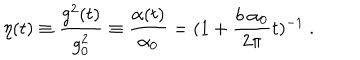
LaTeX: \eta ( t ) \equiv { \frac { g ^ { 2 } ( t ) } { g _ { 0 } ^ { 2 } } } \equiv { \frac { \alpha ( t ) } { \alpha _ { 0 } } } = ( 1 + { \frac { b ~ \alpha _ { 0 } } { 2 \pi } } t ) ^ { - 1 } ~ .